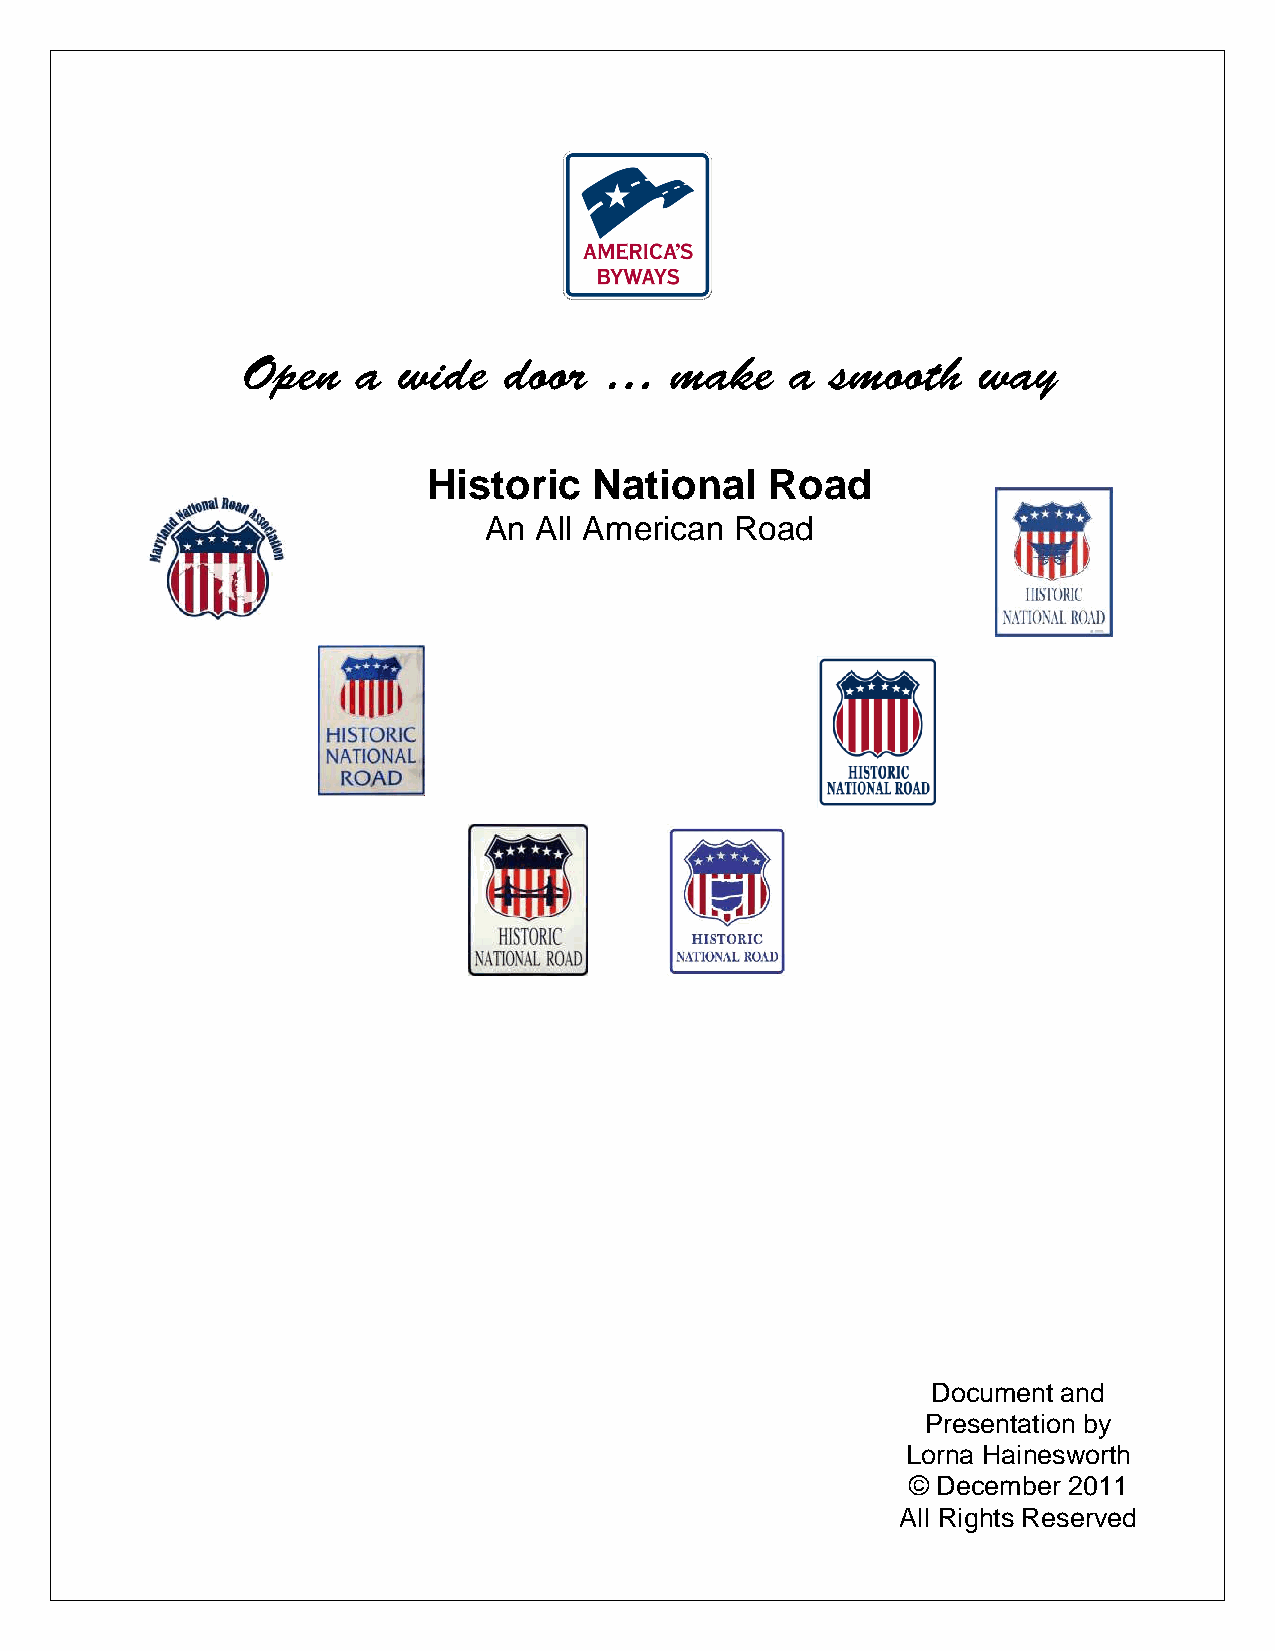
Open    a wide   door   …   make    a  smooth    way
 Historic   National    Road
 An All American  Road
 Document and
 Presentation by
 Lorna Hainesworth
 © December 2011
 All Rights Reserved